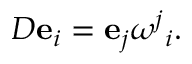
D \mathbf { e } _ { i } = \mathbf { e } _ { j } { \omega ^ { j } } _ { i } .